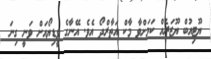
ޔޫޓިއުބް ޔޫޒަރެއް ކަމަށްވާ މާކް އަތާރްދޯ އެވެ. އޭނާގެ ވީޑިޔޯއަށް ވަނީ ގިނަ